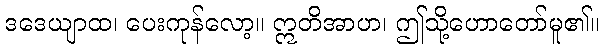
ဒဒေယျာထ၊ ပေးကုန်လော့။ ဣတိအာဟ၊ ဤသို့ဟောတော်မူ၏။